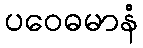
ပဝေဓမာနံ